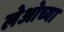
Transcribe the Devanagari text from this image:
लेओच्या